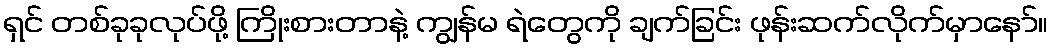
ရှင် တစ်ခုခုလုပ်ဖို့ ကြိုးစားတာနဲ့ ကျွန်မ ရဲတွေကို ချက်ခြင်း ဖုန်းဆက်လိုက်မှာနော်။